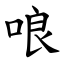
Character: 哴